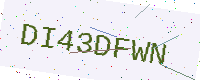
Text: DI43DFWN